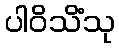
ပါဝိသိံသု